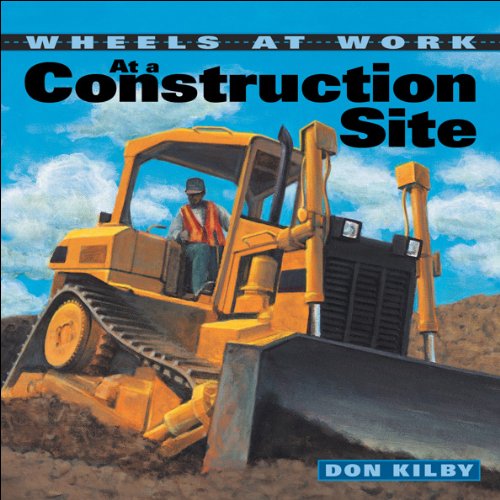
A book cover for At a Construction Site (Wheels at Work); Don Kilby; Children's Books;